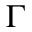
\Gamma